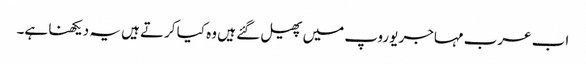
اب عرب مہاجر یوروپ میں پھیل گئے ہیں وہ کیا کرتے ہیں یہ دیکھنا ہے۔